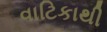
વાટિકાથી